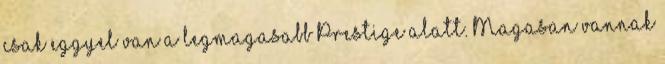
csak eggyel van a legmagasabb Prestige alatt. Magasan vannak